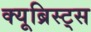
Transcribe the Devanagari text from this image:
क्यूब्रिस्ट्स